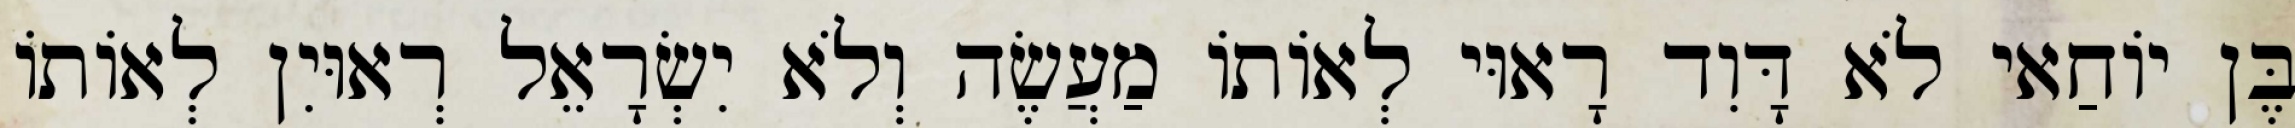
בֶּן יוֹחַאי לֹא דָּוִד רָאוּי לְאוֹתוֹ מַעֲשֶׂה וְלֹא יִשְׂרָאֵל רְאוּיִן לְאוֹתוֹ